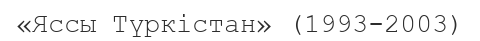
«Яссы Түркістан» (1993-2003)